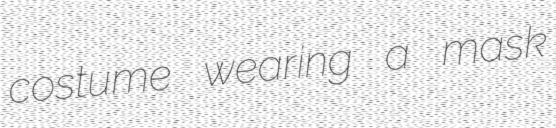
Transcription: costume wearing a mask